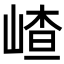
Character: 嵖